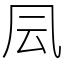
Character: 凨